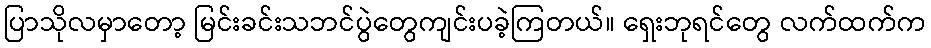
ပြာသိုလမှာတော့ မြင်းခင်းသဘင်ပွဲတွေကျင်းပခဲ့ကြတယ်။ ရှေးဘုရင်တွေ လက်ထက်က